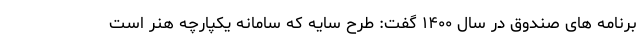
برنامه های صندوق در سال ۱۴۰۰ گفت: طرح سایه که سامانه یکپارچه هنر است